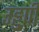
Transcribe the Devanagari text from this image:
उड्डुपी